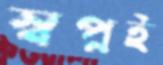
স্বপ্নই